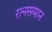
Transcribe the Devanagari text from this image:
रत्नसमान